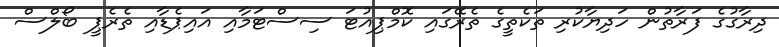
ދިރާގުގެ ފަރާތުން ހަދިޔާކުރި ތަކެތީގެ ތެރޭގައި ކޮމްޕިއުޓަ ސިސްޓަމާއި އައިޕެޑާއި ތެރެޕީ ބޯލްސް